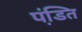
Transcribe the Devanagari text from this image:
पंडि़त